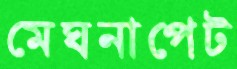
মেঘনাপেট